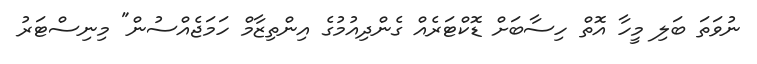
ނުވަތަ ބަލި މީހާ އޮތް ހިސާބަށް ޑޮކްޓަރެއް ގެންދިއުމުގެ އިންތިޒާމް ހަމަޖެއްސުން" މިނިސްޓަރު